King Institute of Preventive Medicine Bacteriolog. Section reports 1907-08
Year: 1907
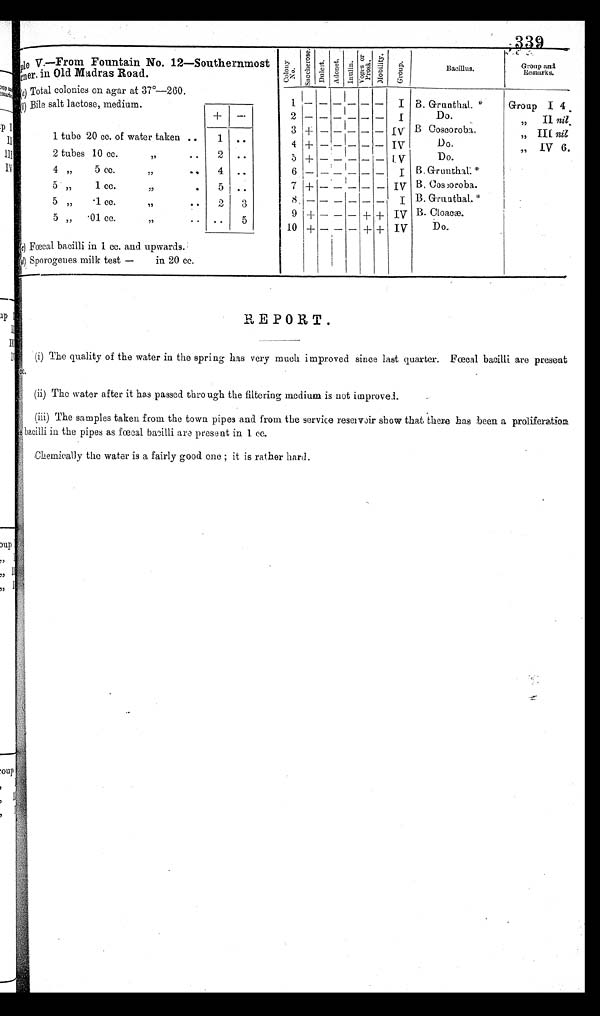
Sample V.— From Fountain No. 12—Southernmost
Corner , in Old Madras Road.
C o l o n y
No.
S a c c h e r o s e . Du l c i t . Ad o n e t .
I n u l i n .
V o g e s o r
P r o s k .
Mo b i l i t y .
G r o u p .
B a c i l l u s . Group an
d Remarks.
(a) Total colonies on agar at 37°—260.
I
(b) Bile salt lactose, medium.
1 ——————
B. Grunthal. *
Group I 4
+ —
2 — ————— I
Do.
.
nil.
,, II
B. Coscoroba.
3 + ————— I V
,, III ni.
1 tube 20 cc. of water taken
1
. .
4 + — — ——— IV
Do.
„ IV 6.
tubes
2
10 cc.
2
Do.
,,
..
5 + ————— IV
4 „
5 cc.
,,
4 ..
6 —————— I B. Grunthal. *
5 , ,
1 cc.
,,
5 ..
7 + ————— I V B. Coscoroba.
8 — — — — — —
I B. Grunthal. *
5 , ,
.1 cc.
,,
2 3
. . 5
9 + — — — + +
I V B. Cloacæ.
5 „
,,
.01 cc.
10 — — —
IV
Do.
+
+ +
(c) Fœcal bacilli in 1 cc. and upwards.
(d) Sporogenes milk test — in 20 cc.
REPORT .
(i) The quality of the water in the spring has very much improved since last quarter. Fœcal bacilli are present
cc.
(ii)The water after it has passed through the filtering medium is not improved.
(iii)The samples taken from the town pipes and from the service reseivoir show that there has been a proliferation
bacilli in the pipes as fœcal bacilli are present in 1 cc.
Chemically the water is a fairly good one; it is rather hard.